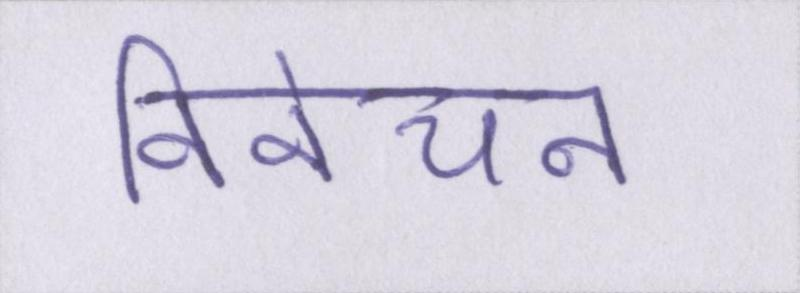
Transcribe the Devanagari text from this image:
विवेचन